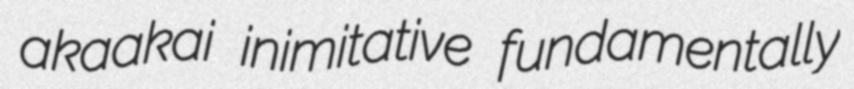
akaakai inimitative fundamentally